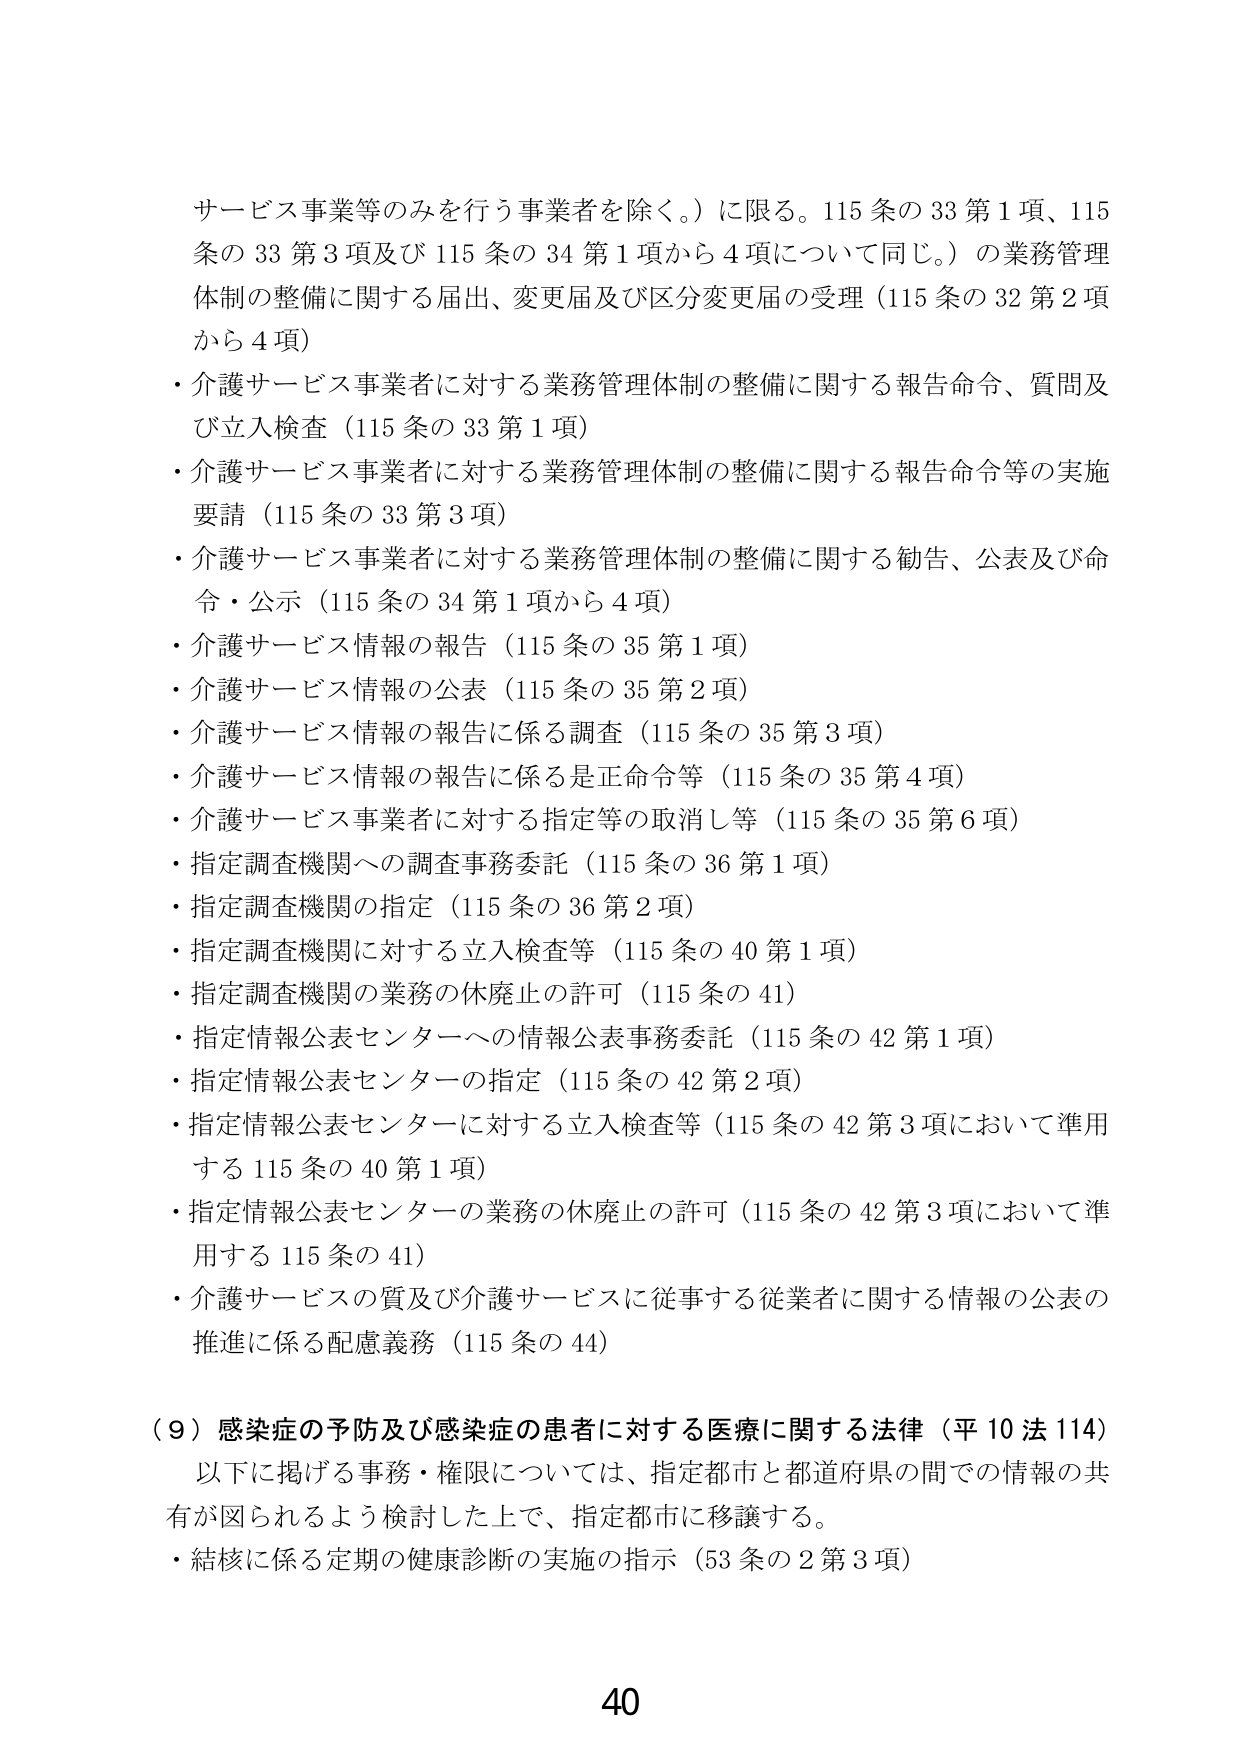
サービス事業等のみを行う事業者を除く。）に限る。115条の33第1項、115条の33第3項及び115条の34第1項から4項について同じ。）の業務管理体制の整備に関する届出、変更届及び区分変更届の受理（115条の32第2項から4項）

・介護サービス事業者に対する業務管理体制の整備に関する報告命令、質問及び立入検査（115条の33第1項）

・介護サービス事業者に対する業務管理体制の整備に関する報告命令等の実施要請（115条の33第3項）

・介護サービス事業者に対する業務管理体制の整備に関する勧告、公表及び命令・公示（115条の34第1項から4項）

・介護サービス情報の報告（115条の35第1項）

・介護サービス情報の公表（115条の35第2項）

・介護サービス情報の報告に係る調査（115条の35第3項）

・介護サービス情報の報告に係る是正命令等（115条の35第4項）

・介護サービス事業者に対する指定等の取消し等（115条の35第6項）

・指定調査機関への調査事務委託（115条の36第1項）

・指定調査機関の指定（115条の36第2項）

・指定調査機関に対する立入検査等（115条の40第1項）

・指定調査機関の業務の休廃止の許可（115条の41）

・指定情報公表センターへの情報公表事務委託（115条の42第1項）

・指定情報公表センターの指定（115条の42第2項）

・指定情報公表センターに対する立入検査等（115条の42第3項において準用する115条の40第1項）

・指定情報公表センターの業務の休廃止の許可（115条の42第3項において準用する115条の41）

・介護サービスの質及び介護サービスに従事する従業者に関する情報の公表の推進に係る配慮義務（115条の44）

（9）感染症の予防及び感染症の患者に対する医療に関する法律（平10法114）

以下に掲げる事務・権限については、指定都市と都道府県の間での情報の共有が図られるよう検討した上で、指定都市に移譲する。

・結核に係る定期の健康診断の実施の指示（53条の2第3項）

40